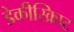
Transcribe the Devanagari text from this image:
डेकीस्क्रिप्ट